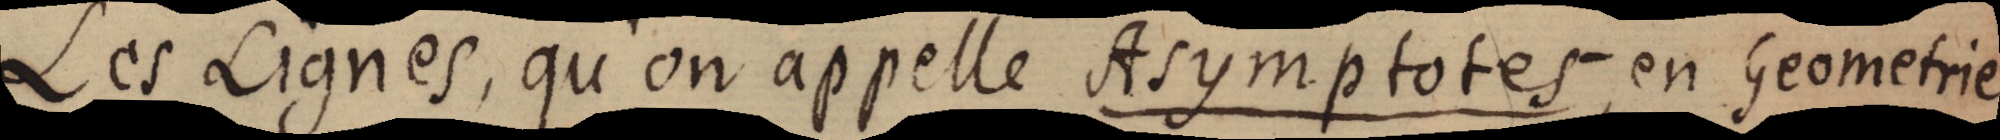
Les Lignes, qu’on appelle Asymptotes, en Geometrie